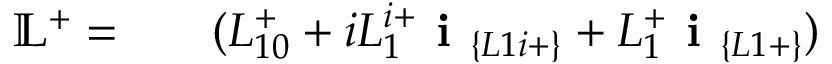
\begin{array} { r l r } { \mathbb { L } ^ { + } = } & { { } } & { ( L _ { 1 0 } ^ { + } + i L _ { 1 } ^ { i + } \textbf { i } _ { \{ L 1 i + \} } + L _ { 1 } ^ { + } \textbf { i } _ { \{ L 1 + \} } ) } \end{array}